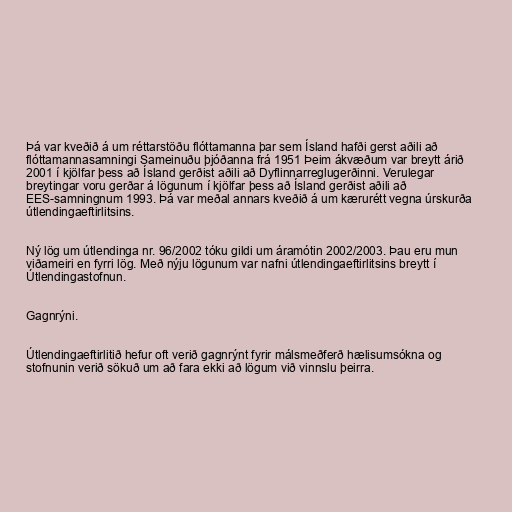
Þá var kveðið á um réttarstöðu flóttamanna þar sem Ísland hafði gerst aðili að
flóttamannasamningi Sameinuðu þjóðanna frá 1951 Þeim ákvæðum var breytt árið
2001 í kjölfar þess að Ísland gerðist aðili að Dyflinnarreglugerðinni. Verulegar
breytingar voru gerðar á lögunum í kjölfar þess að Ísland gerðist aðili að
EES-samningnum 1993. Þá var meðal annars kveðið á um kærurétt vegna úrskurða
útlendingaeftirlitsins.

Ný lög um útlendinga nr. 96/2002 tóku gildi um áramótin 2002/2003. Þau eru mun
viðameiri en fyrri lög. Með nýju lögunum var nafni útlendingaeftirlitsins breytt í
Útlendingastofnun.

Gagnrýni.

Útlendingaeftirlitið hefur oft verið gagnrýnt fyrir málsmeðferð hælisumsókna og
stofnunin verið sökuð um að fara ekki að lögum við vinnslu þeirra.